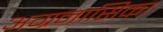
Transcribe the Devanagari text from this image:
अग्रनासिका